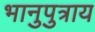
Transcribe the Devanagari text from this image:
भानुपुत्राय